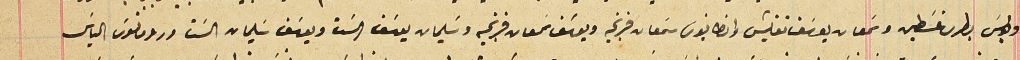
وبولسَ بطرس غسَطين وسَمعان يوسَف نفليش وانطانيوس سَمعان فرنجيه ويوسَف سمعان فرنجيه وسَليمان يوسَف الست ويوسَف سَليمان الست ورومانوسَ الياسَ